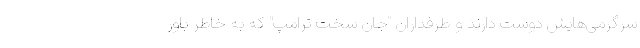
سرگرمی‌هایش دوست دارند و طرفداران "جان سخت ترامپ" که به خاطر باور